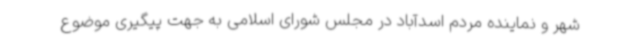
شهر و نماینده مردم اسدآباد در مجلس شورای اسلامی به جهت پیگیری موضوع